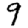
Digit: 9